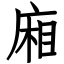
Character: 廂